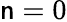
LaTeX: \mathsf{n}=0